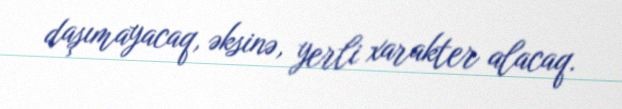
daşımayacaq, əksinə, yerli xarakter alacaq.